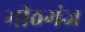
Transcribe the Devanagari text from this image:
मीठगंज